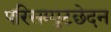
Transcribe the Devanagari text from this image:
परिसम्पुटछेदन